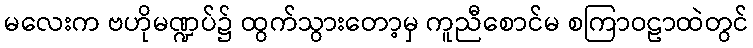
မလေးက ဗဟိုမဏ္ဍပ်၌ ထွက်သွားတော့မှ ကူညီစောင်မ စကြာဝဠာထဲတွင်